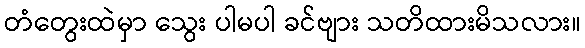
တံတွေးထဲမှာ သွေး ပါမပါ ခင်ဗျား သတိထားမိသလား။